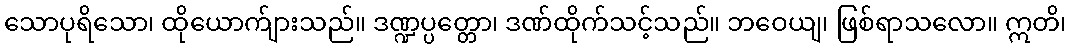
သောပုရိသော၊ ထိုယောက်ျားသည်။ ဒဏ္ဍပ္ပတ္တော၊ ဒဏ်ထိုက်သင့်သည်။ ဘဝေယျ၊ ဖြစ်ရာသလော။ ဣတိ၊